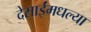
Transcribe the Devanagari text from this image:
देसाईंमधल्या